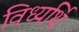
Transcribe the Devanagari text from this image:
विध्यर्थि